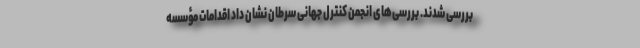
بررسی شدند. بررسی‌های انجمن کنترل جهانی سرطان نشان داد اقدامات مؤسسه